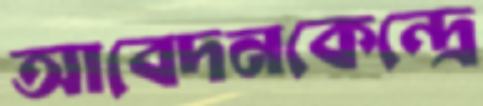
আবেদনকেন্দ্রে